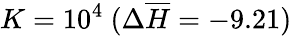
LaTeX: K=10^{4}~(\Delta\overline{{H}}=-9.21)